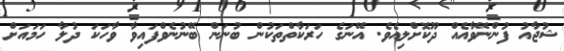
ޝުޖާއު ފުންނޭވާއެއް ދޫކޮށްލިއެވެ. އޭނަގެ ހަރަކާތްތަކުން ބުނަން ބޭނުނެވްފައިވާ ވާހަކަ ދުލާ ހަމައަށް